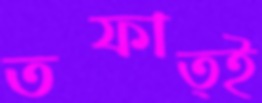
তফাত্ই